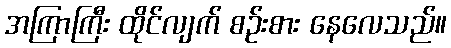
အကြာကြီး ထိုင်လျက် စဉ်းစား နေလေသည်။